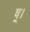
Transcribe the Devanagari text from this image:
ष्।